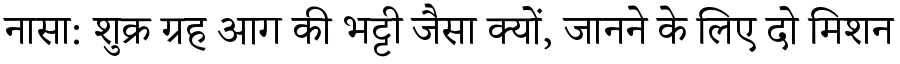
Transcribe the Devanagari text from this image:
नासा: शुक्र ग्रह आग की भट्टी जैसा क्यों, जानने के लिए दो मिशन